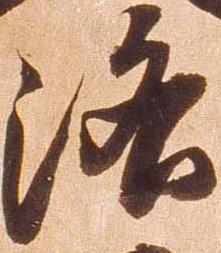
洛